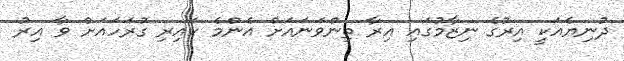
ދުނިޔެއަކީ އިރުގެ ނިޒާމުގައި އިރާ ތިންވަނައަށް އެންމެ ކައިރި ގުރަހައަށް ވާ އިރު